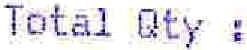
TOTAL QTY :